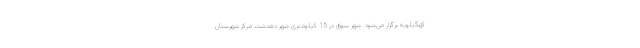
کهگیلویه برگزار می‌شود. شهر سوق در 15 کیلومتری شهر دهدشت مرکز شهرستان